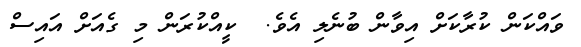
ވައްކަން ކުރާކަށް އިވާން ބުނެލި އެވެ.  ކީއްކުރަން މި ގެއަށް އައިސް